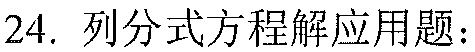
24. 列分式方程解应用题：